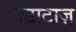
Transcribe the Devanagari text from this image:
पटाटाज़